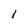
Character: 1